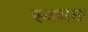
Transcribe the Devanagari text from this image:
स्वचछ